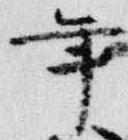
年